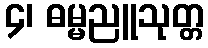
၄၊ ဓမ္မညူသုတ္တ